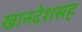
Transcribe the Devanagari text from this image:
खानदेशसह